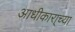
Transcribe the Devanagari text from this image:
आधीकारा्च्या